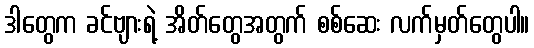
ဒါတွေက ခင်ဗျားရဲ့ အိတ်တွေအတွက် စစ်ဆေး လက်မှတ်တွေပါ။